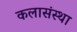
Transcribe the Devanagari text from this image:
कलासंस्था